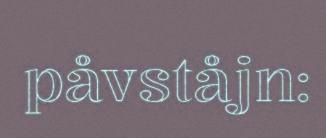
påvståjn: